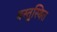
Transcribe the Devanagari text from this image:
वस्तुस्थित